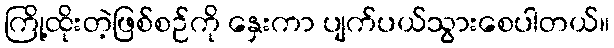
ကြို့ထိုးတဲ့ဖြစ်စဉ်ကို နှေးကာ ပျက်ပယ်သွားစေပါတယ်။